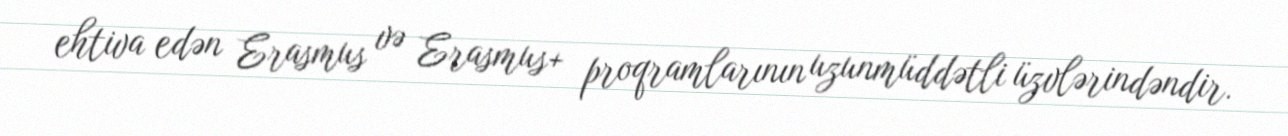
ehtiva edən Erasmus və Erasmus+ proqramlarının uzunmüddətli üzvlərindəndir.